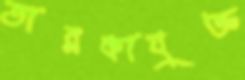
তারকাযুক্ত